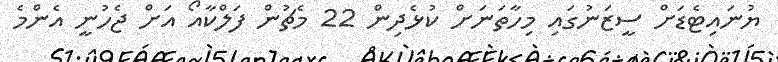
ޔުނައިޓެޑަށް ސީޒަނުގައި މިހާތަނަށް ކުޅެދިން 22 މެޗުން ފަލްކާއޯ އަށް ޖެހުނީ އެންމެ